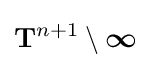
\mathbf {T} ^{n+1}\setminus {\boldsymbol {\infty }}